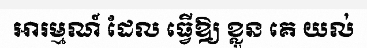
អារម្មណ៍ ដែល ធ្វើឱ្យ ខ្លួន គេ យល់